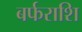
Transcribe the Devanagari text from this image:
बर्फराशि